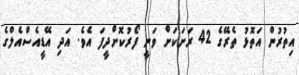
އިތުރުން އަތޮޅު ތެރޭގެ 42 ރަށަކަށް ވަނީ ފޯރުކޮށްދީފަ އެވެ. އަދި އޭޑީއެސްއެލްގެ